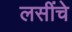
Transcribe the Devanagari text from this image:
लसींचे